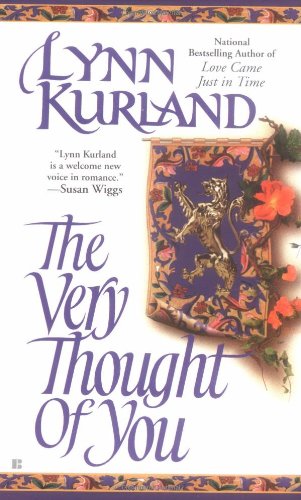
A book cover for The Very Thought of You; Lynn Kurland; Romance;